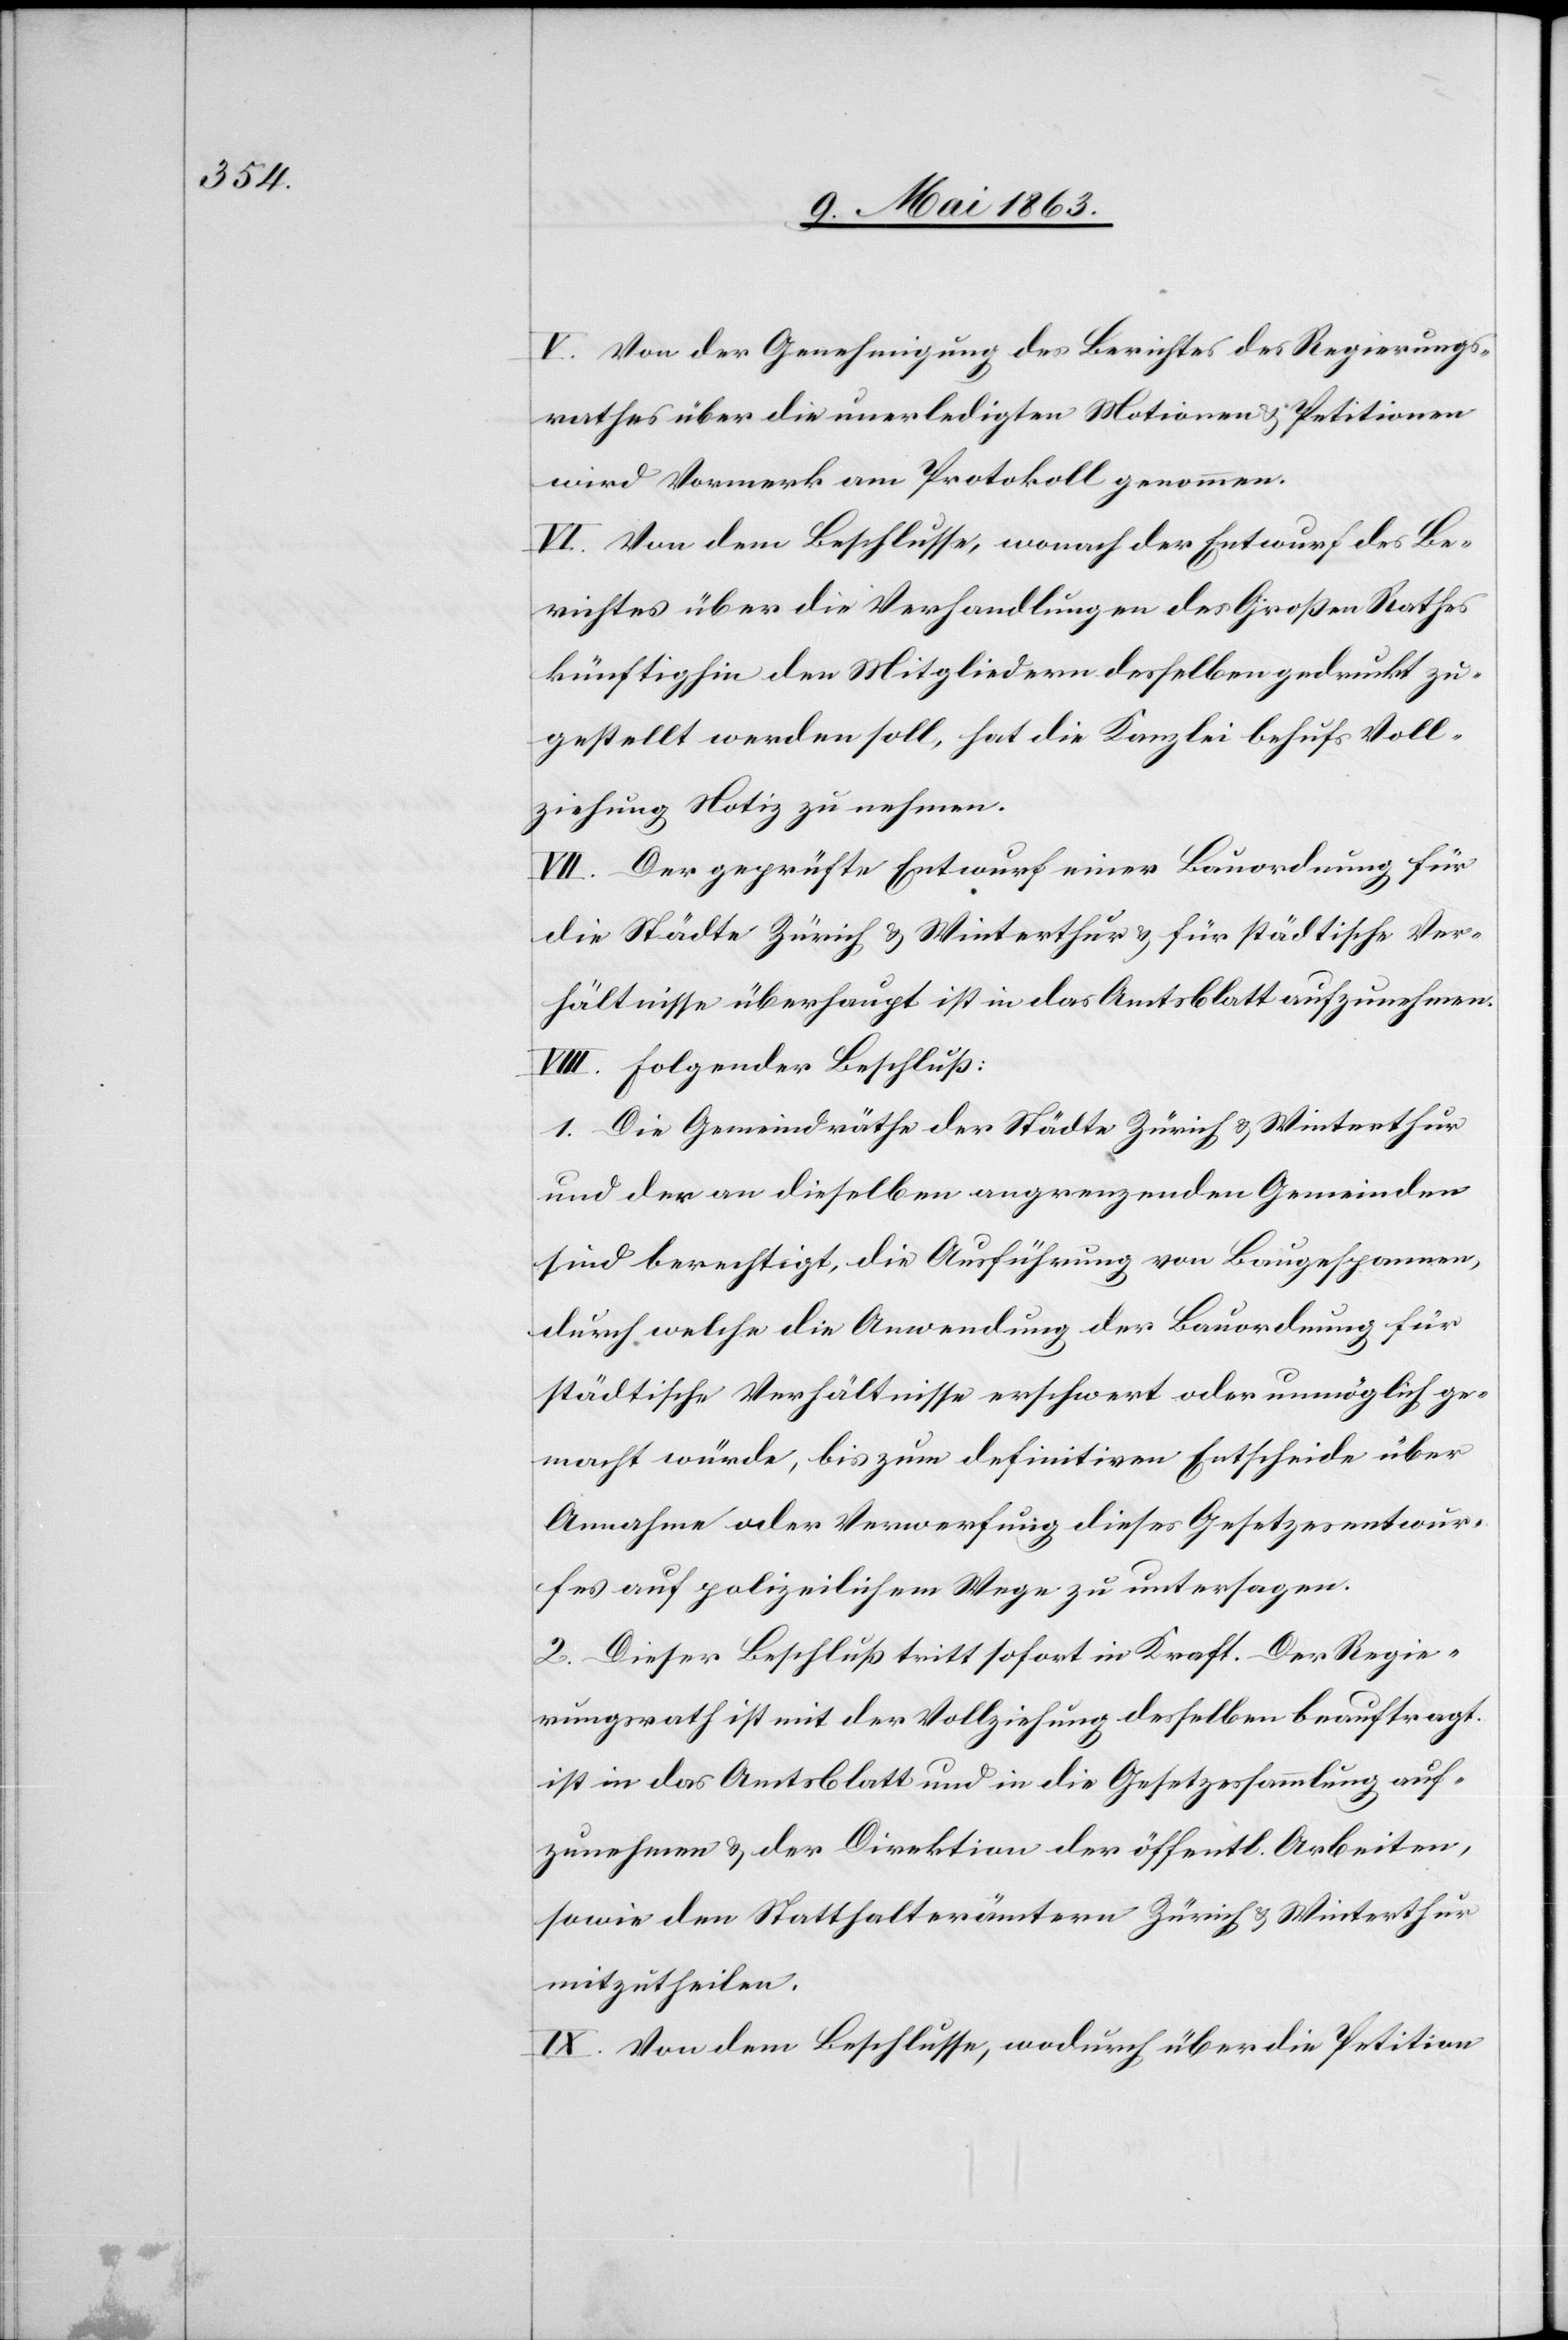
V. Von der Genehmigung des Berichtes des Regierungs¬
rathes über die unerledigten Motionen & Petitionen
wird Vormerk am Protokoll genommen.
VI. Von dem Beschlusse, wonach der Entwurf des Be¬
richtes über die Verhandlungen des Großen Rathes
künftighin den Mitgliedern desselben gedruckt zu¬
gestellt werden soll, hat die Kanzlei behufs Voll¬
ziehung Notiz zu nehmen.
VII. Der geprüfte Entwurf einer Bauordnung für
die Städte Zürich & Winterthur & für städtische Ver¬
hältnisse überhaupt ist in das Amtsblatt aufzunehmen.
VIII. Folgender Beschluß:
1. Die Gemeindräthe der Städte Zürich & Winterthur
und der an dieselben angrenzenden Gemeinden
sind berechtigt, die Ausführung von Baugespannen,
durch welche die Anwendung der Bauordnung für
städtische Verhältnisse erschwert oder unmöglich ge¬
macht würde, bis zum definitiven Entscheide über
Annahme oder Verwerfung dieses Gesetzesentwur¬
fes auf polizeilichem Wege zu untersagen.
2. Dieser Beschluß tritt sofort in Kraft. Der Regie¬
rungsrath ist mit der Vollziehung desselben beauftragt.
ist in das Amtsblatt und in die Gesetzessammlung auf¬
zunehmen & der Direktion der öffentl. Arbeiten,
sowie den Statthalterämtern Zürich & Winterthur
mitzutheilen.
IX. Von dem Beschlusse, wodurch über die Petition